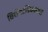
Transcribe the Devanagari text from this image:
विशेषाधिकाराचा